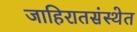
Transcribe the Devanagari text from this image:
जाहिरातसंस्थेत